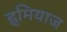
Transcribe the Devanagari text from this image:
ह्र्मियाज